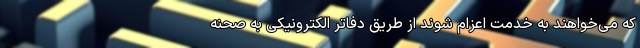
که می‌خواهند به خدمت اعزام شوند از طریق دفاتر الکترونیکی به صحنه